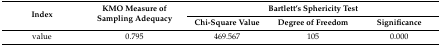
<table><thead><tr><td rowspan="2"><b>Index</b></td><td rowspan="2"><b>KMO Measure of Sampling Adequacy</b></td><td colspan="3"><b>Bartlett’s Sphericity Test</b></td></tr><tr><td><b>Chi-Square Value</b></td><td><b>Degree of Freedom</b></td><td><b>Significance</b></td></tr></thead><tbody><tr><td>value</td><td>0.795</td><td>469.567</td><td>105</td><td>0.000</td></tr></tbody></table>